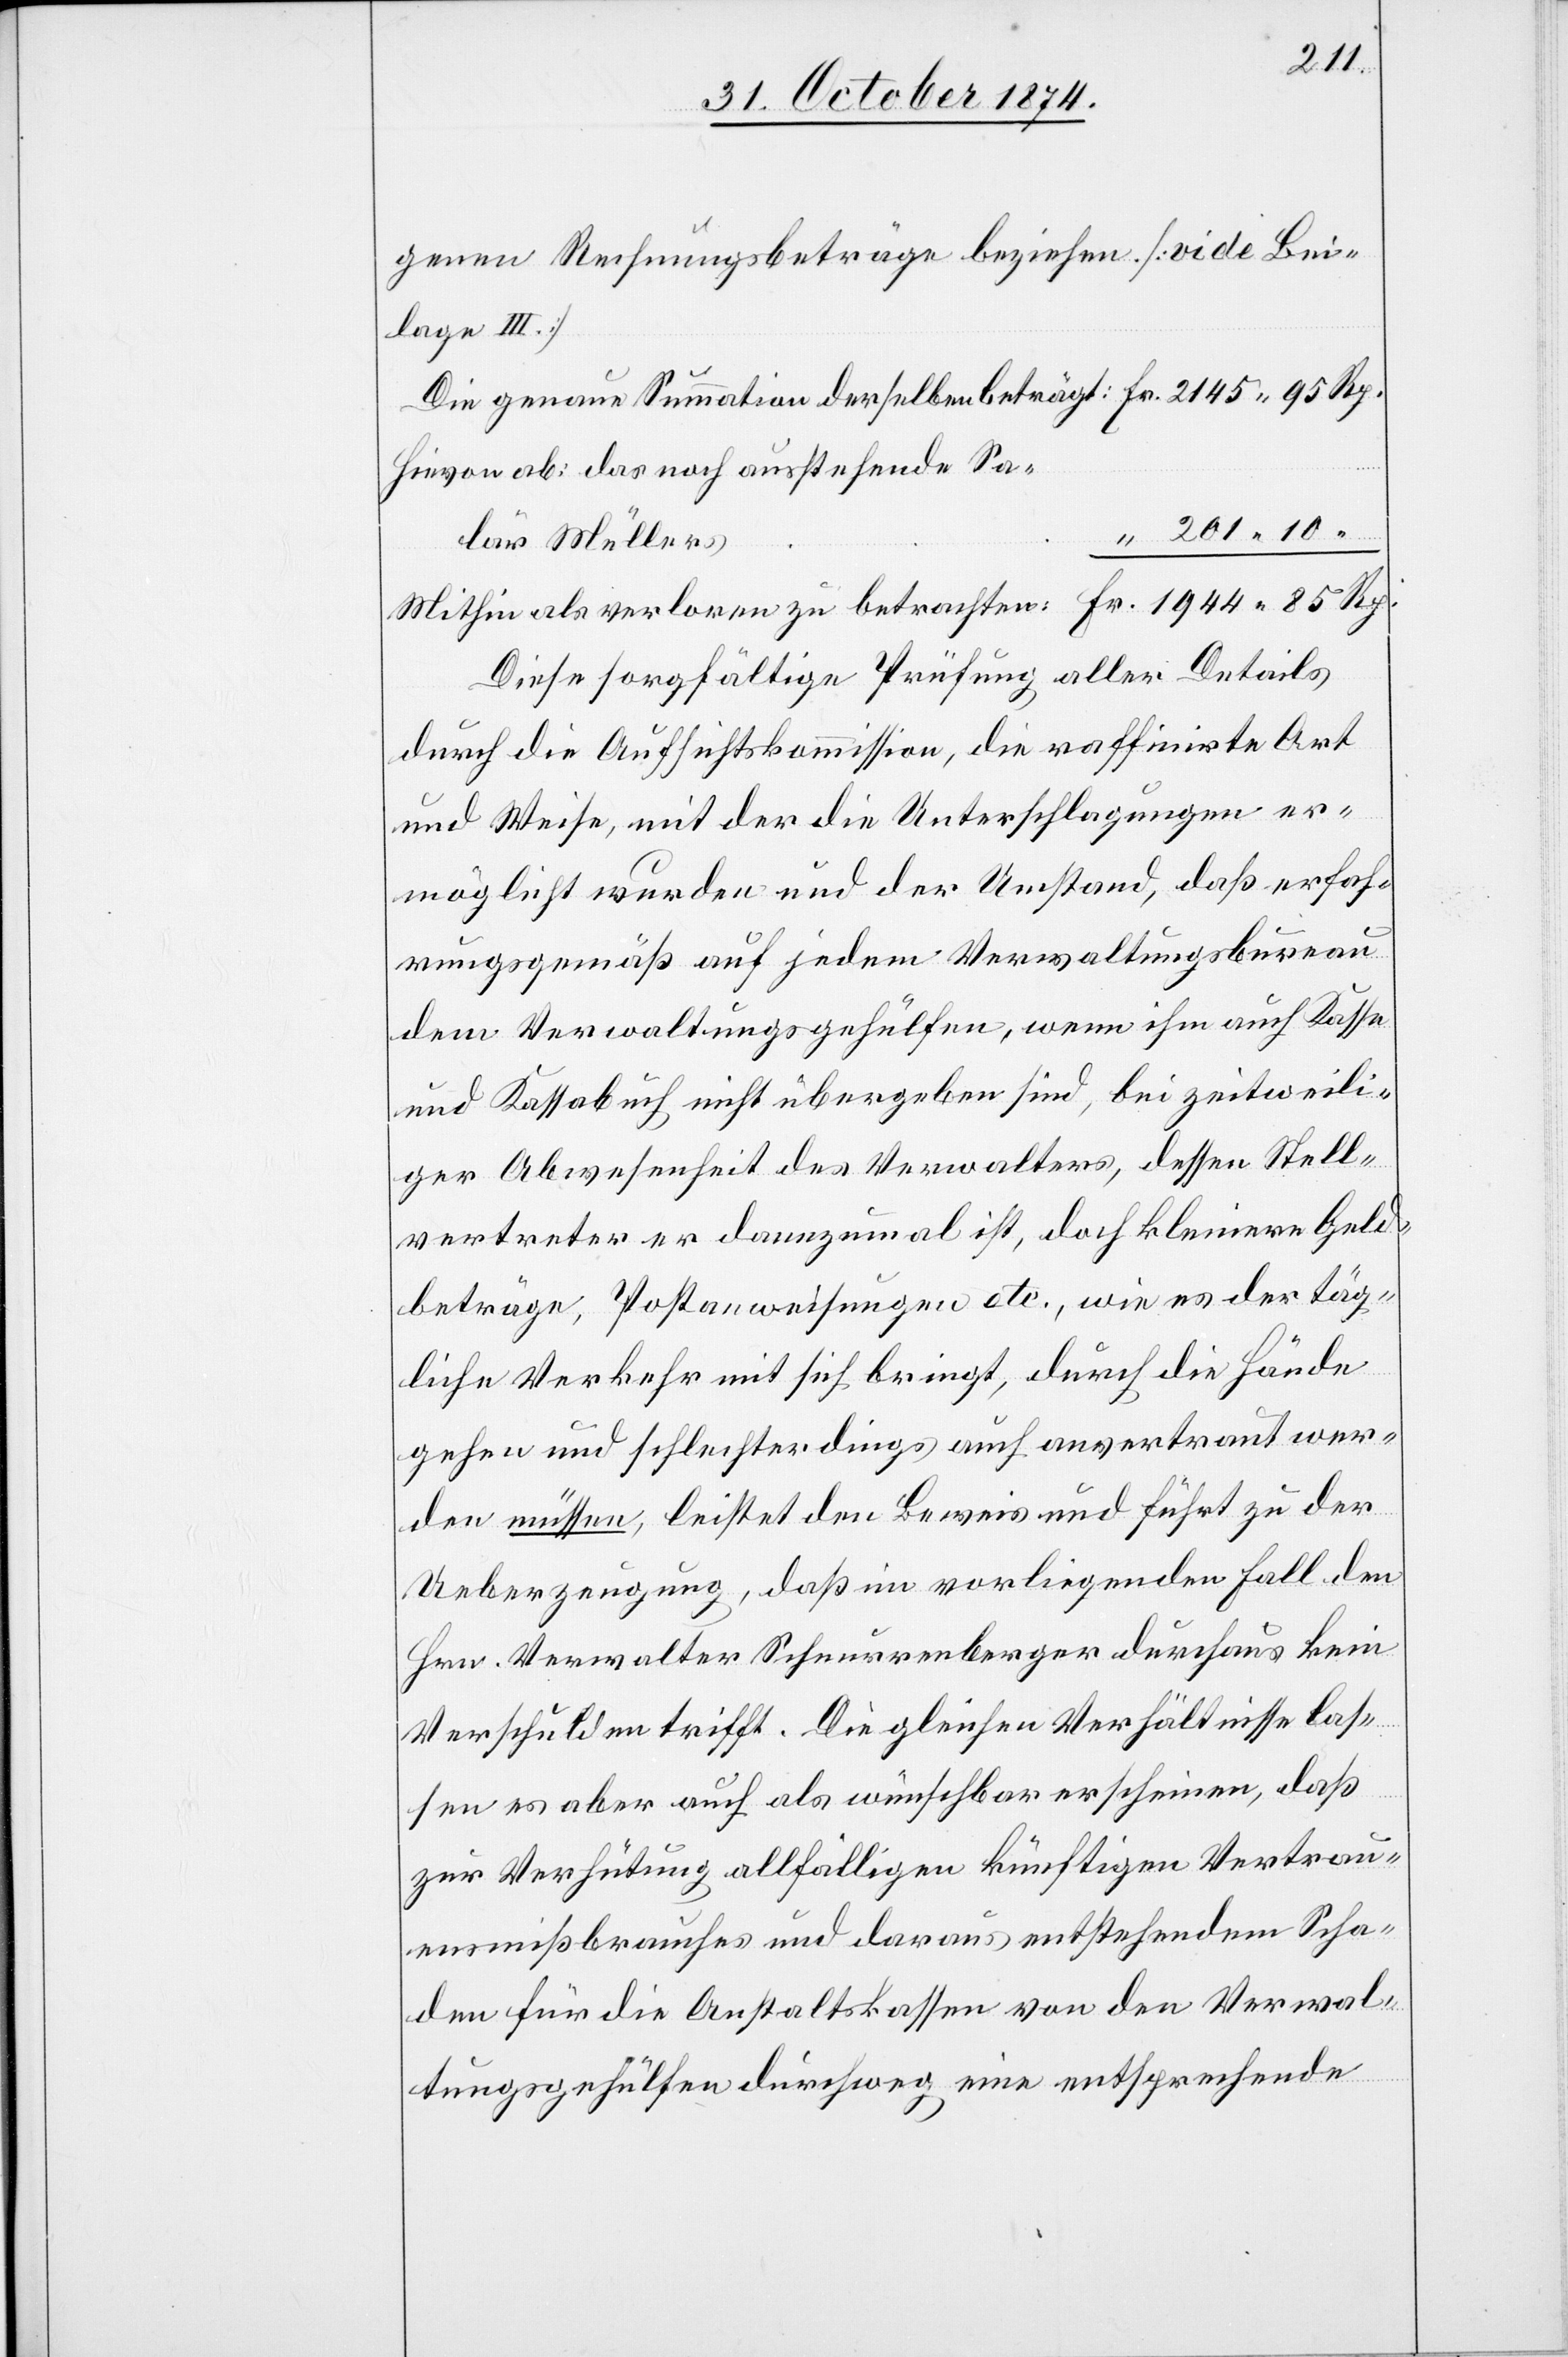
genen Rechnungsbeträge beziehen [vide Bei¬
lage III]
Die genaue Summation derselben beträgt: 				Fr. 2145. 95 Rp.
Hievon ab: das noch ausstehende Salär
“ 201. 10
des Müllers
Mithin als verloren zu betrachten:				Fr. 1944. 85 Rp.
Diese sorgfältige Prüfung aller Details
durch die Aufsichtskommission, die raffinirte Art
und Weise, mit der die Unterschlagungen er¬
möglicht wurde und der Umstand, daß erfah¬
rungsgemäß auf jedem Verwaltungsbureau
dem Verwaltungsgehülfen, wenn ihm auch Kassa
und Kassabuch nicht übergeben sind, bei zeitweili¬
ger Abwesenheit des Verwalters, dessen Stell¬
vertreter er dannzumal ist, doch kleinere Geld¬
beträge, Postanweisungen etc., wie es der täg¬
liche Verkehr mit sich bringt, durch die Hände
gehen und schlechterdings auch anvertraut wer¬
den müssen, leistet den Beweis und führt zu der
Ueberzeugung, daß im vorliegenden Fall den
Hrn. Verwalter Schnurrenberger durchaus kein
Verschulden trifft. Die gleichen Verhältnisse las¬
sen es aber auch als wünschbar erscheinen, daß
zur Verhütung allfälligen künftigen Vertrau¬
ensmißbrauches und daraus entstehendem Scha¬
den für die Anstaltskassen von den Verwal¬
tungsgehülfen durchweg eine entsprechende